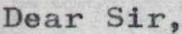
Dear Sir,